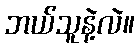
ဘယ်သူနဲ့လဲ။